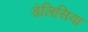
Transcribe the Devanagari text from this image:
डेलिसिया